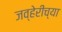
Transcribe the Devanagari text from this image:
जव्हेरींच्या